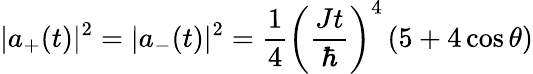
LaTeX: |a_{+}(t)|^{2}=|a_{-}(t)|^{2}=\frac{1}{4}\left(\frac{Jt}{\hbar}\right)^{4}\left(5+4\cos\theta\right)